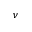
\nu